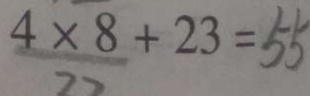
4 \times 8 + 2 3 = 5 5